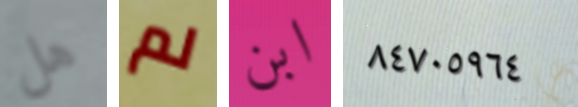
هل لم ابن ٨٤٧٠٥٩٦٤